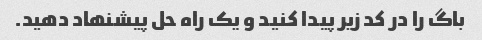
باگ را در کد زیر پیدا کنید و یک راه حل پیشنهاد دهید.